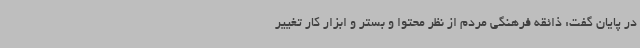
در پایان گفت: ذائقه فرهنگی مردم از نظر محتوا و بستر و ابزار کار تغییر